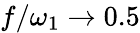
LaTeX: f/\omega_{1}\xrightarrow[]{}0.5